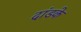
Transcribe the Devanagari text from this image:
दांडके